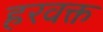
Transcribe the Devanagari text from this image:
हरवक्त